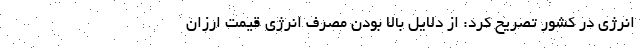
انرژی در کشور تصریح کرد: از دلایل بالا بودن مصرف انرژی قیمت ارزان